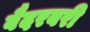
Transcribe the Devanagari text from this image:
वैदरबरी